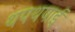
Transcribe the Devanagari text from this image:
थपथपाई